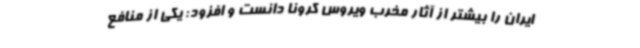
ایران را بیشتر از آثار مخرب ویروس کرونا دانست و افزود: یکی از منافع